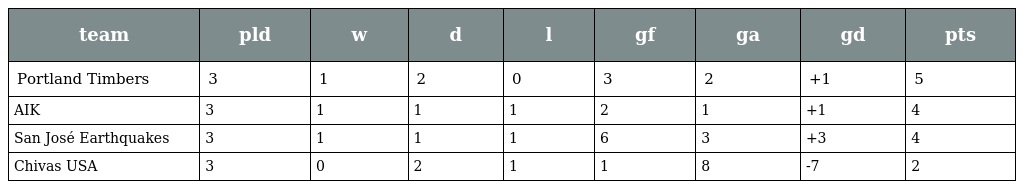
| team | pld | w | d | l | gf | ga | gd | pts |
 | --- | --- | --- | --- | --- | --- | --- | --- | --- |
 | Portland Timbers | 3 | 1 | 2 | 0 | 3 | 2 | +1 | 5 |
 | AIK | 3 | 1 | 1 | 1 | 2 | 1 | +1 | 4 |
 | San José Earthquakes | 3 | 1 | 1 | 1 | 6 | 3 | +3 | 4 |
 | Chivas USA | 3 | 0 | 2 | 1 | 1 | 8 | -7 | 2 |